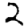
Digit: 2